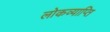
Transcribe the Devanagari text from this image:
लोकव्याप्ति